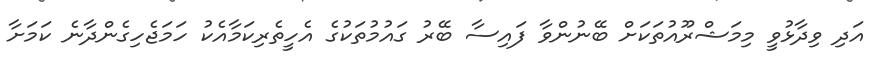
އަދި ވިދާޅުވީ މިމަޝްރޫއުތަކަށް ބޭނުންވާ ފައިސާ ބޭރު ގައުމުތަކުގެ އެހީތެރިކަމާއެކު ހަމަޖެހިގެންދާނެ ކަމަށާ